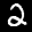
Label: 2